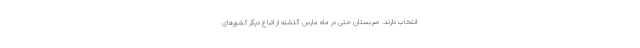
انتخاب دارند. صربستان حتی در ماه مارس گذشته از اتباع دیگر کشورهای